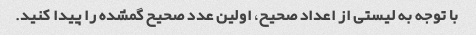
با توجه به لیستی از اعداد صحیح، اولین عدد صحیح گمشده را پیدا کنید.